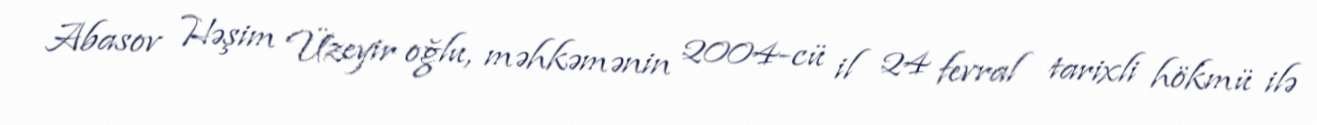
Abasov Həşim Üzeyir oğlu, məhkəmənin 2004-cü il 24 fevral tarixli hökmü ilə